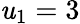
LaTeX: \mathit{u}_{1}=3